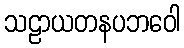
သဠာယတနပဘဝေါ